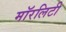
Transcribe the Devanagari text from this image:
मॉरलिटी